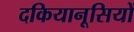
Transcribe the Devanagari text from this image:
दकियानूसियों